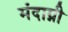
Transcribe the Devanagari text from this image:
मंदाग्नी